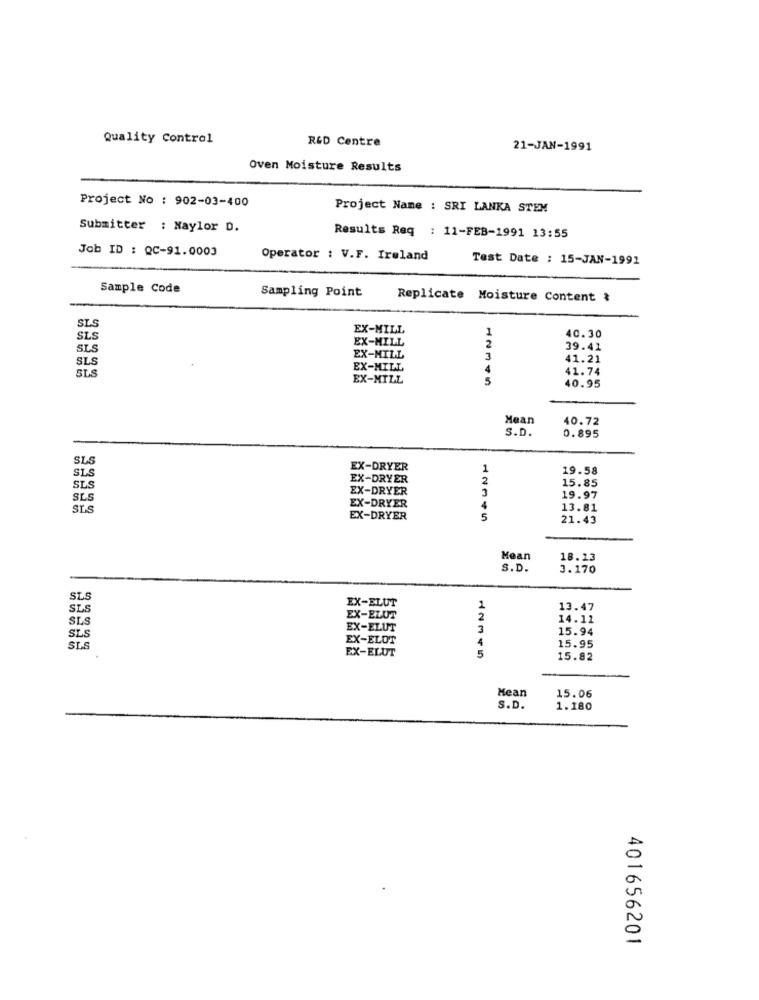
Quality Control
R&D Centre
21-JAN-1991
Oven Moisture Results
Project No : 902-03-400
Project Name : SRI LANKA STEM
Submitter : Naylor D.
Results Req : 11-FEB-1991 13:55
Job ID : QC-91.0003
Operator : V.F. Ireland
Test Date : 15-JAN-1991
Sample Code
Sampling Point
Replicate
Moisture Content &
SLS
EX-MILL
40.30
SLS
EX-MILL
SLS
39.41
SLS
EX-MILL
41.21
SLS
EX-MILL
4
41.74
EX-MILL
5
40.95
Mean
40.72
S.D.
0.895
SLS
SLS
EX-DRYER
1
19.58
EX-DRYER
2
15.85
SLS
SLS
EX-DRYER
19.97
SLS
EX-DRYER
4
13.81
EX-DRYER
5
21.43
Mean
18.13
S.D.
3.170
SLS
EX-ELUT
SL
1
13.47
SLS
EX-ELUT
2
14.11
SLS
EX-ELUT
3
15.94
EX-ELOT
SLS
EX-ELUT
4
5
15.95
15.82
Mean
15.06
S.D.
1.180
401656201